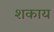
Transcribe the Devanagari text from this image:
शकाय